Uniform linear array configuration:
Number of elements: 32
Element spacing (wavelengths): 0.75
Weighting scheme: binomial
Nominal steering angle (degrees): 60
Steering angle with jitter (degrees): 60.006
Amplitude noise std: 0.05
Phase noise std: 0.05

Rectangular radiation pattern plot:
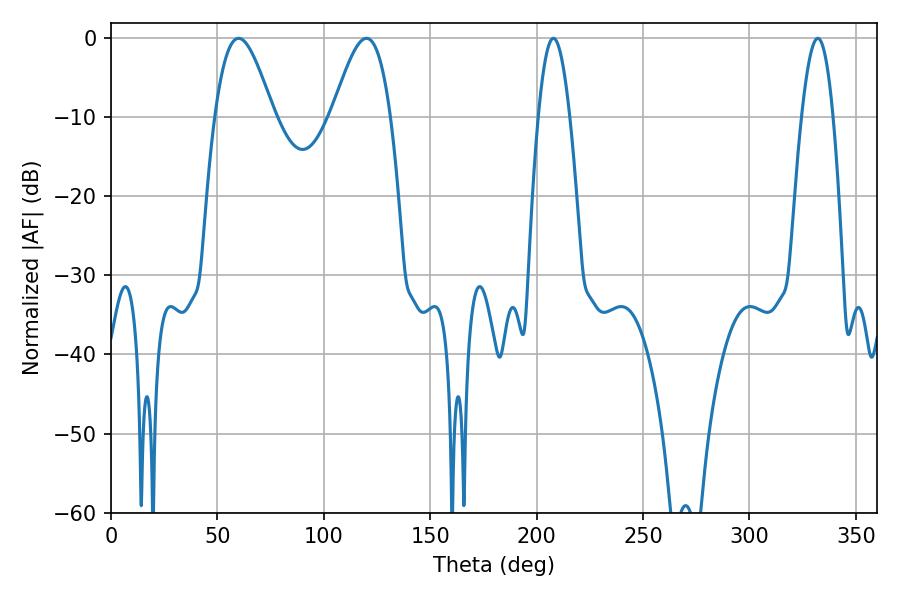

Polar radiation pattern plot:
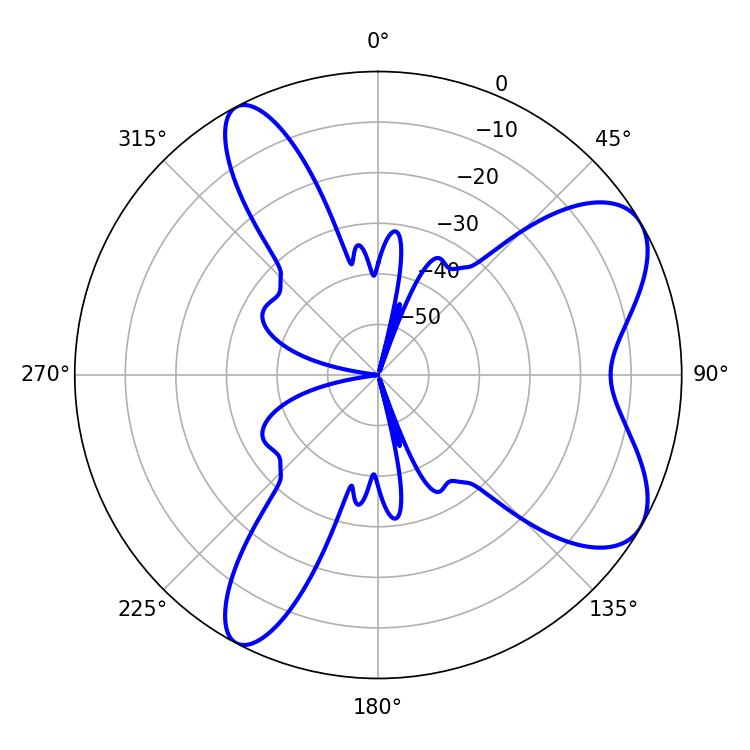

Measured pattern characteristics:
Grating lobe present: TRUE
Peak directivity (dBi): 7.362
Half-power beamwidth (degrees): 14.76
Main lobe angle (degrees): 59.94